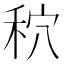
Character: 𮂾